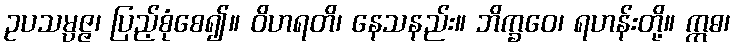
ဥပသမ္ပဇ္ဇ၊ ပြည့်စုံစေ၍။ ဝိဟရတိ၊ နေသနည်း။ ဘိက္ခဝေ၊ ရဟန်းတို့။ ဣဓ၊